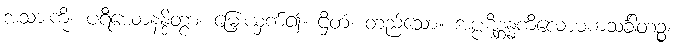
အသားကို။ ပရိယောနန္ဒိတွာ၊ မြှေးယှက်၍။ ဌိတံ၊ တည်သော။ အပ္ပဋိစ္ဆန္နကိလောမကသင်္ခါတဉ္စ၊